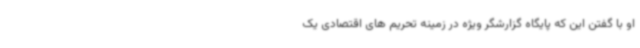
او با گفتن این که پایگاه گزارشگر ویژه در زمینه تحریم های اقتصادی یک